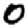
Digit: 0